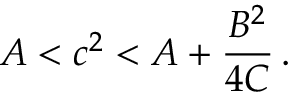
A < c ^ { 2 } < A + { \frac { B ^ { 2 } } { 4 C } } \, .